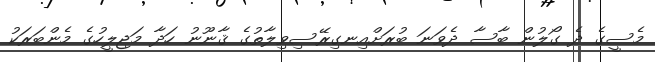
މެސީގެ ދެ ގޯލުން ބާސާ ދެވަނަ ބުރަށްއިނގިރޭސިވިލާތުގެ ޤާނޫނު ހަދާ މަޖިލީހުގެ މެންބަރަކު